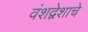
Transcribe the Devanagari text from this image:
वंशद्वेशाचे